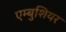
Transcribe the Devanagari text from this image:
एम्बुशियर